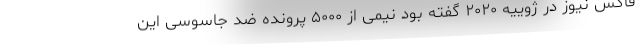
فاکس نیوز در ژوییه ۲۰۲۰ گفته بود نیمی از ۵۰۰۰ پرونده ضد جاسوسی این